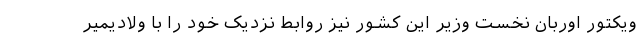
ویکتور اوربان نخست وزیر این کشور نیز روابط نزدیک خود را با ولادیمیر